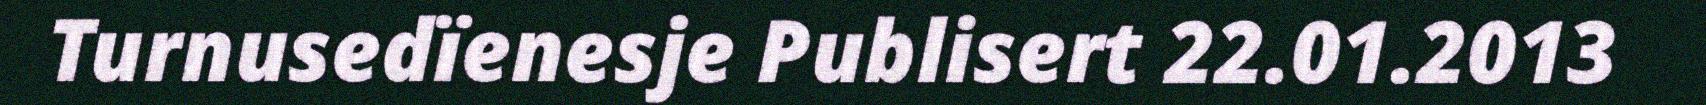
Turnusedïenesje Publisert 22.01.2013